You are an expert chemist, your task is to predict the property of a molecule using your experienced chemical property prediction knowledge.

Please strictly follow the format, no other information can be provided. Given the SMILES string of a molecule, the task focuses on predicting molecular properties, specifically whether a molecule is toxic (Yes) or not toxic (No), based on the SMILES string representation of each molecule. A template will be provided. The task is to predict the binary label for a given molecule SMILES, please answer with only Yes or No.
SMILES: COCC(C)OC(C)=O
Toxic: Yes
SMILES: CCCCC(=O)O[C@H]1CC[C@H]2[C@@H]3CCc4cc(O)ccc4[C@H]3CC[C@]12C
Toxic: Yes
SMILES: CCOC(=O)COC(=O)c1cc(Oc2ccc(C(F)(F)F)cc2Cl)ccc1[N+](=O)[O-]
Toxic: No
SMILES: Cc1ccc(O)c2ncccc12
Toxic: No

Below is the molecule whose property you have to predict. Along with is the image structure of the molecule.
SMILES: CC(C)(C)NC(=O)[C@H]1CC[C@H]2[C@@H]3CC[C@H]4NC(=O)C=C[C@]4(C)[C@H]3CC[C@]12C
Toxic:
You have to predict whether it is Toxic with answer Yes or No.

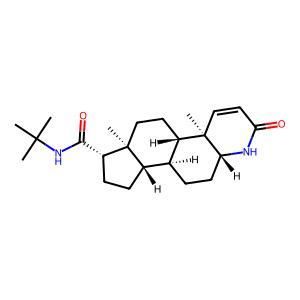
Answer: No